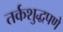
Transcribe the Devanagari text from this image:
तर्कशुद्धपणे